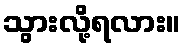
သွားလို့ရလား။